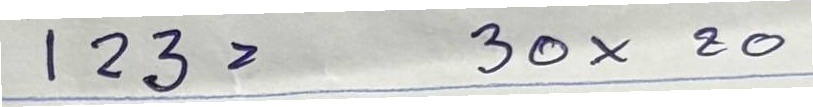
123 = 30x20